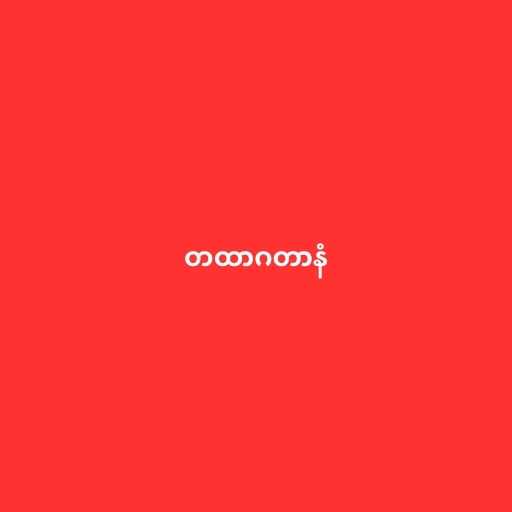
တထာဂတာနံ